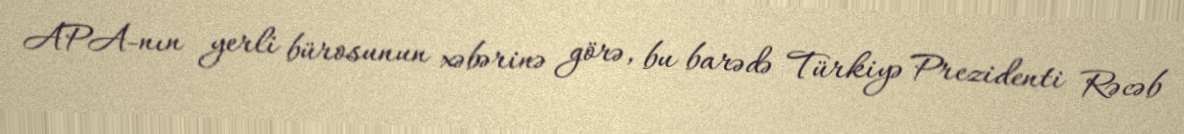
APA-nın yerli bürosunun xəbərinə görə, bu barədə Türkiyə Prezidenti Rəcəb